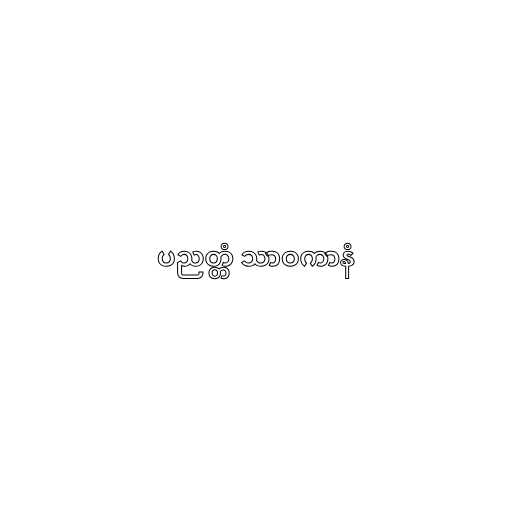
ပညတ္တံ သာဝကာနံ